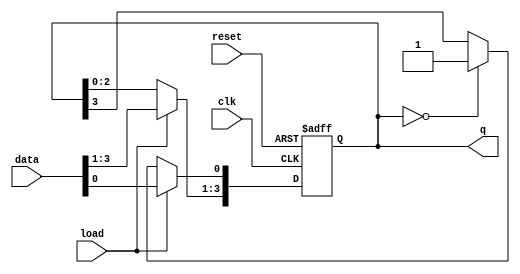
module LoadableRingCounter #(
    parameter N = 4  // Number of bits (length of the ring counter)
) (
    input wire clk,               // Clock signal
    input wire load,              // Load control signal
    input wire reset,             // Reset control signal
    input wire [N-1:0] data,      // Data input for loading
    output reg [N-1:0] q          // Counter output
);

    always @(posedge clk or posedge reset) begin
        if (reset) begin
            // Reset state to all zeros
            q <= {N{1'b0}};
        end else if (load) begin
            // Load the specified value into the counter
            q <= data;
        end else begin
            // Counting phase: shift the '1' around the ring
            q <= {q[N-2:0], q[N-1]}; // Shift left and wrap-around
            if (q == {N{1'b0}}) begin
                q[0] <= 1'b1; // Set the first flip-flop if all are zero
            end
        end
    end

endmodule